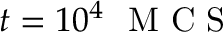
t = 1 0 ^ { 4 } ~ \mathrm { ~ M ~ C ~ S ~ }